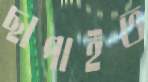
ছাপাইত